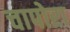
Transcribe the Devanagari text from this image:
चापोरा